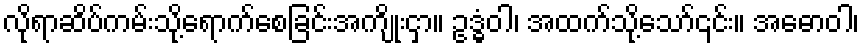
လိုရာဆိပ်ကမ်းသို့ရောက်စေခြင်းအကျိုးငှာ။ ဥဒ္ဓံဝါ၊ အထက်သို့သော်၎င်း။ အဓောဝါ၊